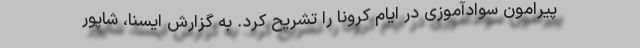
پیرامون سوادآموزی در ایام کرونا را تشریح کرد. به گزارش ایسنا، شاپور